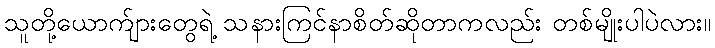
သူတို့ယောက်ျားတွေရဲ့ သနားကြင်နာစိတ်ဆိုတာကလည်း တစ်မျိုးပါပဲလား။